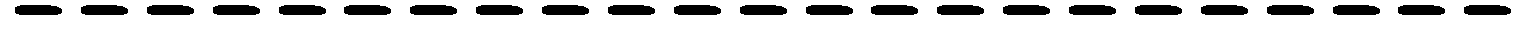
-----------------------